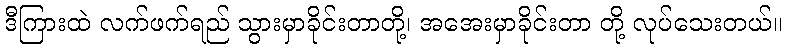
ဒီကြားထဲ လက်ဖက်ရည် သွားမှာခိုင်းတာတို့၊ အအေးမှာခိုင်းတာ တို့ လုပ်သေးတယ်။